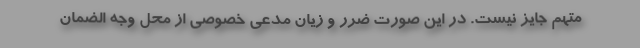
متهم جایز نیست. در این صورت ضرر و زیان مدعی خصوصی از محل وجه الضمان